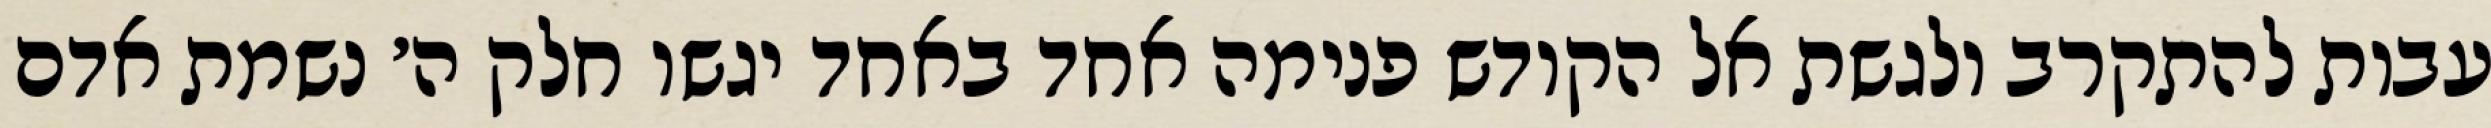
עבות להתקרב ולגשת אל הקודש פנימה אחד באחד יגשו חלק ה׳ נשמת אדם